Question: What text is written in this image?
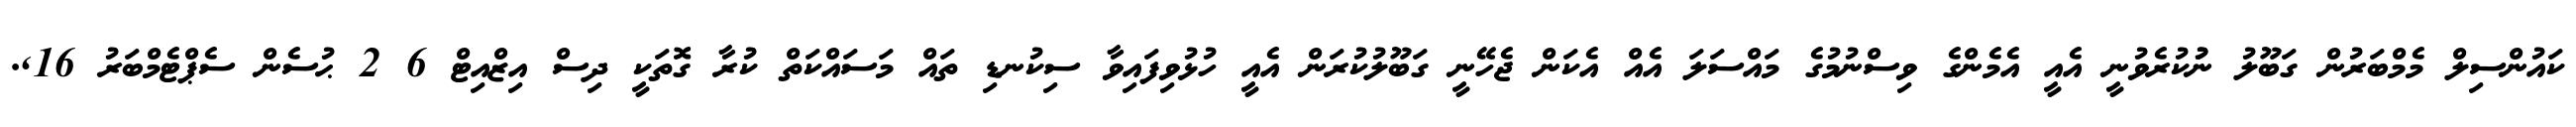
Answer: ކައުންސިލް މެމްބަރުން ގަބޫލު ނުުކުރެވުނީ އެއީ އެމެންގެ ވިސްނުމުގެ މައްސަލަ އެއް އެކަން ޖެހޭނީ ގަބޫލުކުރަން އެއީ ހުޅުވިފައިވާ ސިކުނޑި ތައް މަސައްކަތް ކުރާ ގޮތަކީ ދިސް އިޒްއިޓް 6 2 ޙުސެން ސެޕްޓެމްބަރު 16,.